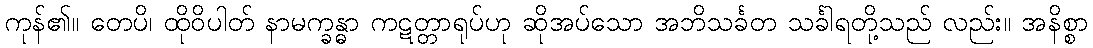
ကုန်၏။ တေပိ၊ ထိုဝိပါတ် နာမက္ခန္ဓာ ကဋတ္တာရုပ်ဟု ဆိုအပ်သော အဘိသင်္ခတ သင်္ခါရတို့သည် လည်း။ အနိစ္စာ